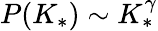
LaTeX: P(K_{*})\sim K_{*}^{\gamma}